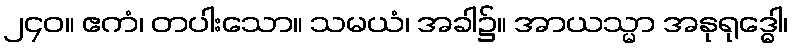
၂၄၀။ ဧကံ၊ တပါးသော။ သမယံ၊ အခါ၌။ အာယသ္မာ အနုရုဒ္ဓေါ၊